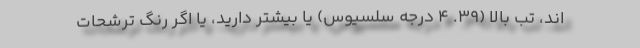
اند، تب بالا (39. 4 درجه سلسیوس) یا بیشتر دارید، یا اگر رنگ ترشحات